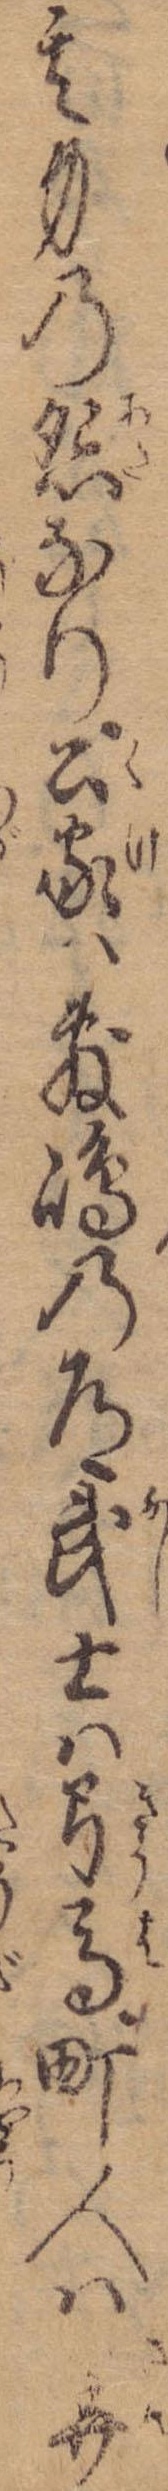
其身の怨なり公家は敷島の道武士は弓馬町人は算